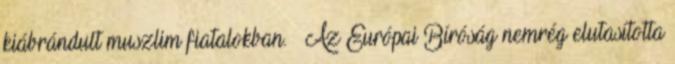
kiábrándult muszlim fiatalokban. – Az Európai Bíróság nemrég elutasította